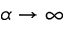
\alpha \rightarrow \infty